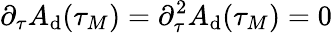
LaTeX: \partial_{\tau}A_{\mathrm{d}}(\tau_{M})=\partial_{\tau}^{2}A_{\mathrm{d}}(\tau_{M})=0